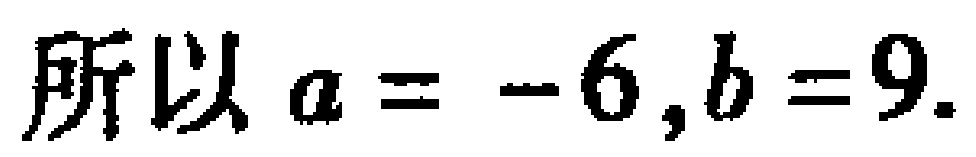
所以 \(a = -6,b = 9\).